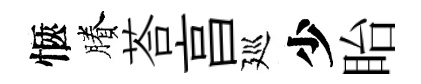
愜賸荅亯廵少眙